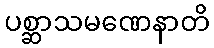
ပစ္ဆာသမဏေနာတိ